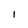
Character: 1